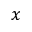
x